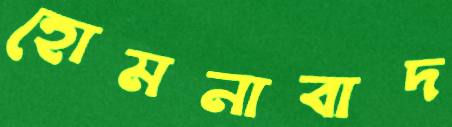
হোমনাবাদ